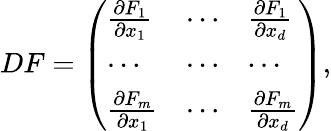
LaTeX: \begin{array}{r}{DF=\left(\begin{array}{lll}{\frac{\partial F_{1}}{\partial x_{1}}}&{\cdots}&{\frac{\partial F_{1}}{\partial x_{d}}}\\ {\cdots}&{\cdots}&{\cdots}\\ {\frac{\partial F_{m}}{\partial x_{1}}}&{\cdots}&{\frac{\partial F_{m}}{\partial x_{d}}}\end{array}\right),}\end{array}